Indian journal of veterinary science and animal husbandry - Volumes 18-21, 1948-1951
Year: 1948
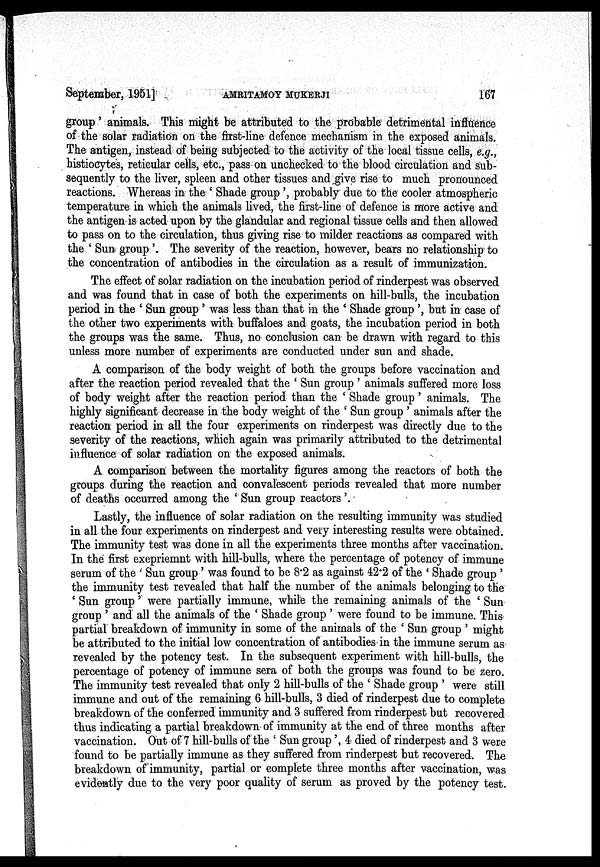
September, 1951]
AMRITAMOY
MUKHERJI
167
group' animals. This might be attributed to the probable detrimental influence
of the solar radiation on the first-line defence mechanism in the exposed animals.
The antigen, instead of being subjected to the activity of the local tissue cells, e.g.,
histiocytes, reticular cells, etc., pass on unchecked to the blood circulation and sub-
sequently to the liver, spleen and other tissues and give rise to much pronounced
reactions. Whereas in the 'Shade group', probably due to the cooler atmospheric
temperature in which the animals lived, the first-line of defence is more active and
the antigen is acted upon by the glandular and regional tissue cells and then allowed
to pass on to the circulation, thus giving rise to milder reactions as compared with
the 'Sun group'. The severity of the reaction, however, bears no relationship to
the concentration of antibodies in the circulation as a result of immunization.
The effect of solar radiation on the incubation period of rinderpest was observed
and was found that in case of both the experiments on hill-bulls, the incubation
period in the 'Sun group' was less than that in the ' Shade group', but in case of
the other two experiments with buffaloes and goats, the incubation period in both
the groups was the same. Thus, no conclusion can be drawn with regard to this
unless more number of experiments are conducted under sun and shade.
A comparison of the body weight of both the groups before vaccination and
after the reaction period revealed that the 'Sun group' animals suffered more loss
of body weight after the reaction period than the 'Shade group' animals. The
highly significant decrease in the body weight of the 'Sun group' animals after the
reaction period in all the four experiments on rinderpest was directly due to the
severity of the reactions, which again was primarily attributed to the detrimental
influence of solar radiation on the exposed animals.
A comparison between the mortality figures among the reactors of both the
groups during the reaction and convalescent periods revealed that more number
of deaths occurred among the 'Sun group reactors'.
Lastly, the influence of solar radiation on the resulting immunity was studied
in all the four experiments on rinderpest and very interesting results were obtained.
The immunity test was done in all the experiments three months after vaccination.
In the first exepriemnt with hill-bulls, where the percentage of potency of immune
serum of the 'Sun group' was found to be 8.2 as against 42.2 of the 'Shade group'
the immunity test revealed that half the number of the animals belonging to the
'Sun group' were partially immune, while the remaining animals of the 'Sun
group' and all the animals of the 'Shade group' were found to be immune. This
partial breakdown of immunity in some of the animals of the 'Sun group' might
be attributed to the initial low concentration of antibodies in the immune serum as
revealed by the potency test. In the subsequent experiment with hill-bulls, the
percentage of potency of immune sera of both the groups was found to be zero.
The immunity test revealed that only 2 hill-bulls of the 'Shade group' were still
immune and out of the remaining 6 hill-bulls, 3 died of rinderpest due to complete
breakdown of the conferred immunity and 3 suffered from rinderpest but recovered
thus indicating a partial breakdown of immunity at the end of three months after
vaccination. Out of 7 hill-bulls of the 'Sun group', 4 died of rinderpest and 3 were
found to be partially immune as they suffered from rinderpest but recovered. The
breakdown of immunity, partial or complete three months after vaccination, was
evidently due to the very poor quality of serum as proved by the potency test.